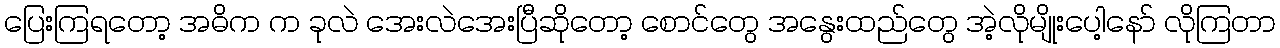
ပြေးကြရတော့ အဓိက က ခုလဲ အေးလဲအေးပြီဆိုတော့ စောင်တွေ အနွေးထည်တွေ အဲ့လိုမျိုးပေါ့နော် လိုကြတာ